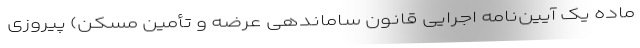
ماده یک آیین‌نامه اجرایی قانون ساماندهی عرضه و تأمین مسکن) پیروزی